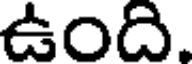
ఉంది.